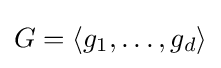
G=\langle g_{1},\ldots ,g_{d}\rangle